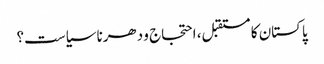
پاکستان کا مستقبل، احتجاج و دھرنا سیاست؟